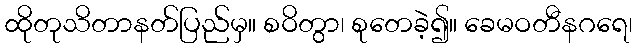
ထိုတုသိတာနတ်ပြည်မှ။ စဝိတွာ၊ စုတေခဲ့၍။ ခေမဝတီနဂရေ၊